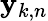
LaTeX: {\mathbf y}_{k,n}